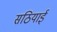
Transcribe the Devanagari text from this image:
सठियाई